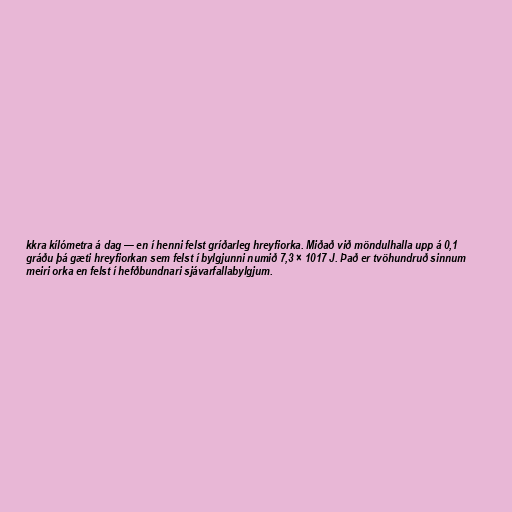
kkra kílómetra á dag — en í henni felst gríðarleg hreyfiorka. Miðað við möndulhalla upp á 0,1
gráðu þá gæti hreyfiorkan sem felst í bylgjunni numið 7,3 × 1017 J. Það er tvöhundruð sinnum
meiri orka en felst í hefðbundnari sjávarfallabylgjum.